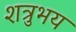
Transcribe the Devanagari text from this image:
शत्रुभय